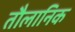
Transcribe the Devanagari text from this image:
तौलानिक